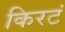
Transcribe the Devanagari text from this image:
किरटं